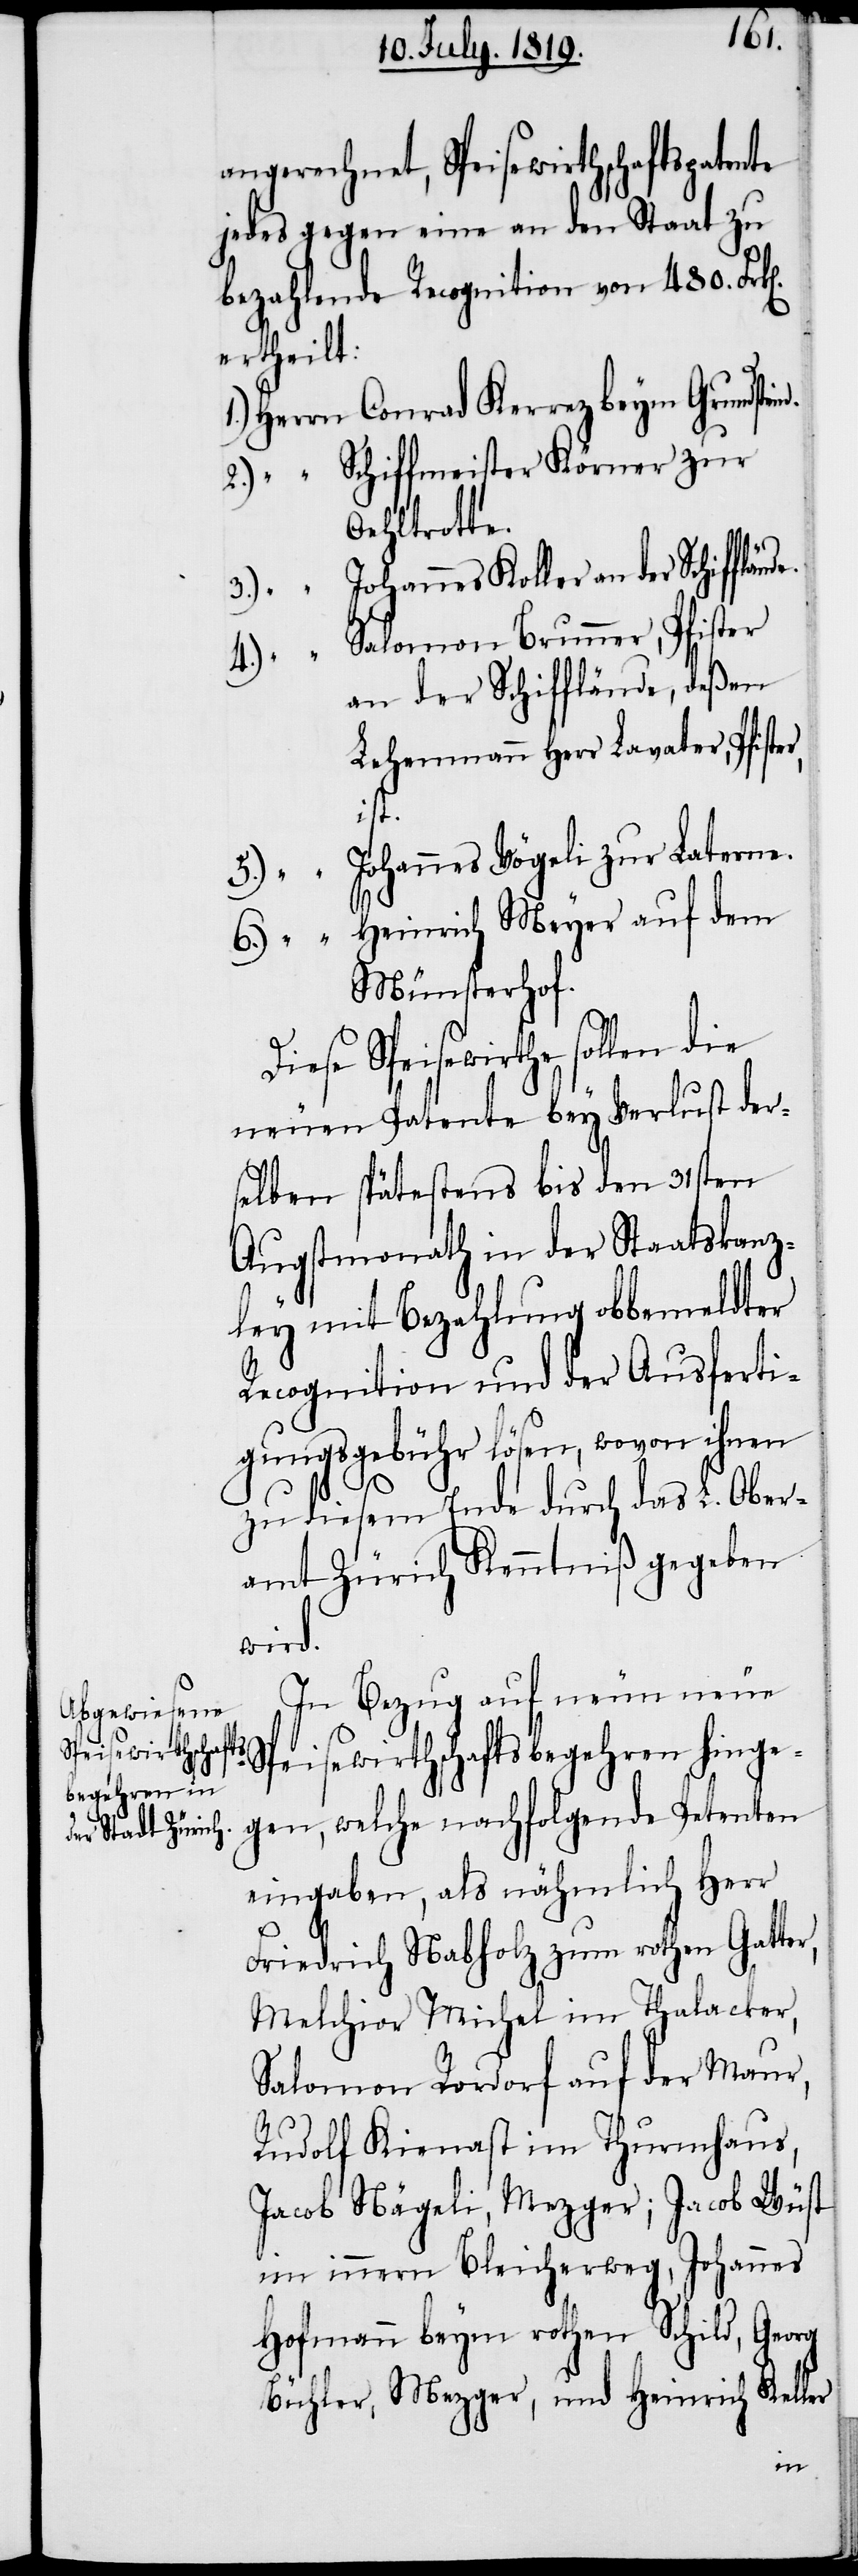
angerechnet, Speisewirtschaftspatente
jedes gegen eine an den Staat zu
bezahlende Recognition von 480. Fr¬
ertheilt:
Herrn Conrad Kerrez beym Grundste¬
2.) " Schiffmeister Körner zur
Oehltrotte.
Johannes Keller an der Schifflä¬
Salomon Brunner, Pfister
4.)
an der Schifflände, deßen
Lehenmann Herr Lavater,
ist.
Johannes Vögeli zur Laterne.
5.)
6.) " Heinrich Meyer auf dem
Münsterhof.
Diese Speisewirthe sollen die
neuen Patente bey Verlust der¬
selben spätestens bis den 31sten
Augstmonath in der Staatskanz¬
ley mit Bezahlung obbemeldter
Recognition und der Ausferti¬
gungsgebühr lösen, wovon ihnen
zu diesem Ende durch das L. Ober¬
amt Zürich Kenntniß gegeben
wird.
In Bezug auf neun neue
Speisewirthschaftsbegehren hinge¬
gen, welche nachfolgende Petenten
eingaben, als nähmlich Herr
Friedrich Nabholz zum rothen Gatte¬
Melchior Michel im Thalacker,
Salomon Rordorf auf der Maur,
Rudolf Kienast im Thurmhaus,
Jacob Nägeli, Mezger; Jacob Wüst
im innern Bleicherweg, Johannes
Hofmann beym rothen Schild, Georg
Büchler, Mezger, und Heinrich Keller
r,